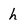
Character: h